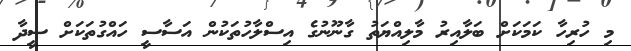
މި ހުރިހާ ކަމަކަށް ބަލާއިރު މާލިއްޔަތު ގާނޫނުގެ އިސްލާހުތަކުން އަސާސީ ހައްގުތަކަށް ސީދާ